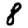
Digit: 8